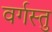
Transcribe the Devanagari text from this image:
वर्गस्तु